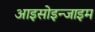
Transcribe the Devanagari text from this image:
आइसोइन्जाइम